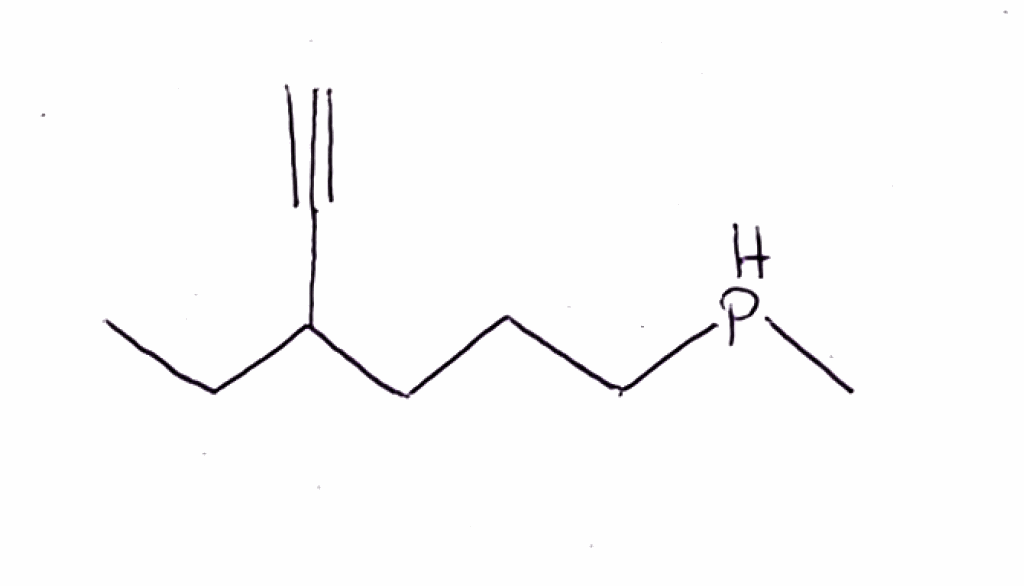
Simplified molecular-input line-entry system (SMILES) notation of the given molecule:
CCC(CCCPC)C#C